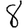
Digit: 8